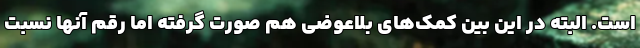
است. البته در این بین کمک‌های بلاعوضی هم صورت گرفته اما رقم آنها نسبت